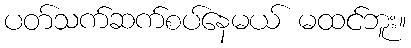
ပတ်သက်ဆက်စပ်နေမယ် မထင်ဘူး။